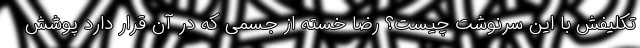
تکلیفش با این سرنوشت چیست؟ رضا خسته از جسمی که در آن قرار دارد پوشش